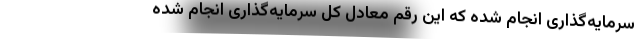
سرمایه‌گذاری انجام شده که این رقم معادل کل سرمایه‌گذاری انجام شده